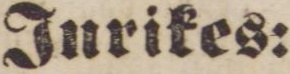
Utrikes: